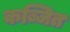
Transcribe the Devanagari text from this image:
कब्जित